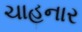
ચાહનાર